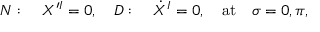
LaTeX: N : \quad X ^ { \prime I } = 0 , \quad D : \quad \dot { X } ^ { I } = 0 , \quad \mathrm { a t } \quad \sigma = 0 , \pi ,